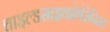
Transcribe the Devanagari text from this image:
चाइल्डसाइकोथेरेपिस्ट